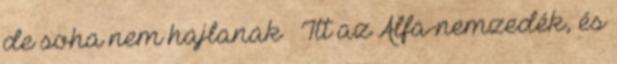
de soha nem hajlanak – Itt az Alfa-nemzedék, és